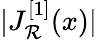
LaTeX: |J_{\mathcal{R}}^{[1]}(x)|